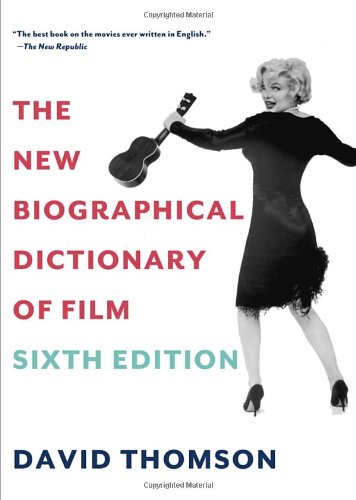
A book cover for The New Biographical Dictionary of Film: Sixth Edition; David Thomson; Humor & Entertainment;